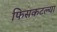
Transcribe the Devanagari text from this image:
फिसकटल्या